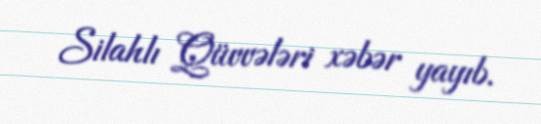
Silahlı Qüvvələri xəbər yayıb.